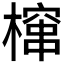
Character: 𮲻